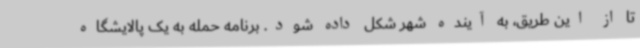
تا از این طریق، به آینده شهر شکل داده شود. برنامه حمله به یک پالایشگاه